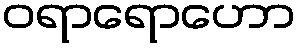
ဝရာရောဟော